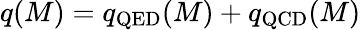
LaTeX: q(M)=q_{\mathrm{QED}}(M)+q_{\mathrm{QCD}}(M)